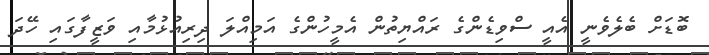
ބޮޑަށް ބެލެވެނީ އެއީ ސްވިޑެންގެ ރައްޔިތުން އެމީހުންގެ އަމިއްލަ ދިރިއުޅުމާއި ވަޒީފާގައި ހޭދަ